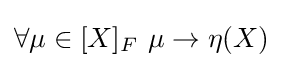
{\textstyle \forall \mu \in [X]_{F}\ \mu \rightarrow \eta (X)}